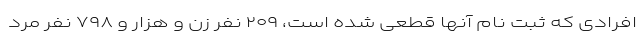
افرادی که ثبت نام آنها قطعی شده است، ۲۰۹ نفر زن و هزار و ۷۹۸ نفر مرد